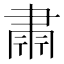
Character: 𮌄